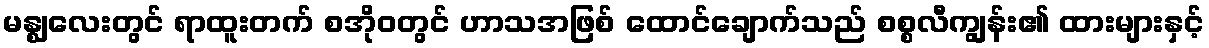
မန္ဈလေးတွင် ရာထူးတက် စအိုဝတွင် ဟာသအဖြစ် ထောင်ချောက်သည် စစ္စလီကျွန်း၏ ထားများနှင့်